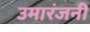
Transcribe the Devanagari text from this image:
उमारंजनी